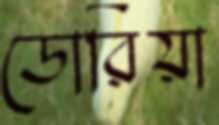
ডোরিয়া